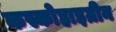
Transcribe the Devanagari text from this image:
कस्कोहाइग्रीन